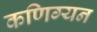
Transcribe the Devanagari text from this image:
कणिग्यन